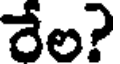
రేల?